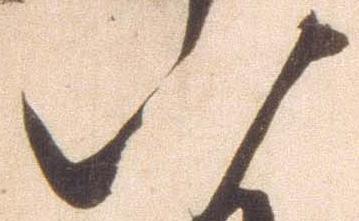
八